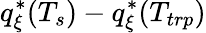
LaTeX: q_{\xi}^{*}(T_{s})-q_{\xi}^{*}(T_{trp})